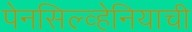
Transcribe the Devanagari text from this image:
पेनसिल्व्हेनियाची